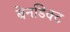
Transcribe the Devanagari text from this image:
बेनडिक्ट